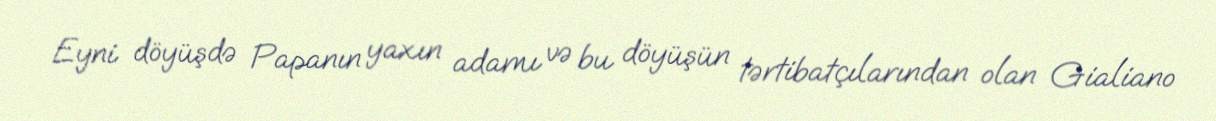
Eyni döyüşdə Papanın yaxın adamı və bu döyüşün tərtibatçılarından olan Gialiano